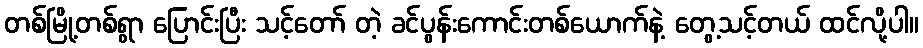
တစ်မြို့တစ်ရွာ ပြောင်းပြီး သင့်တော် တဲ့ ခင်ပွန်းကောင်းတစ်ယောက်နဲ့ တွေ့သင့်တယ် ထင်လို့ပါ။